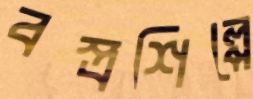
বস্ত্রশিল্পে